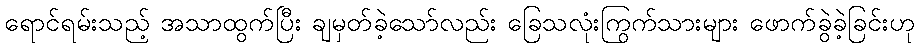
ရောင်ရမ်းသည့် အသာထွက်ပြီး ချမှတ်ခဲ့သော်လည်း ခြေသလုံးကြွက်သားများ ဖောက်ခွဲခဲ့ခြင်းဟု